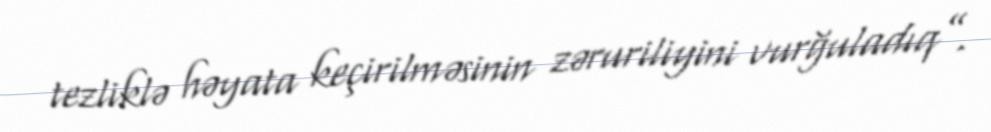
tezliklə həyata keçirilməsinin zəruriliyini vurğuladıq”.